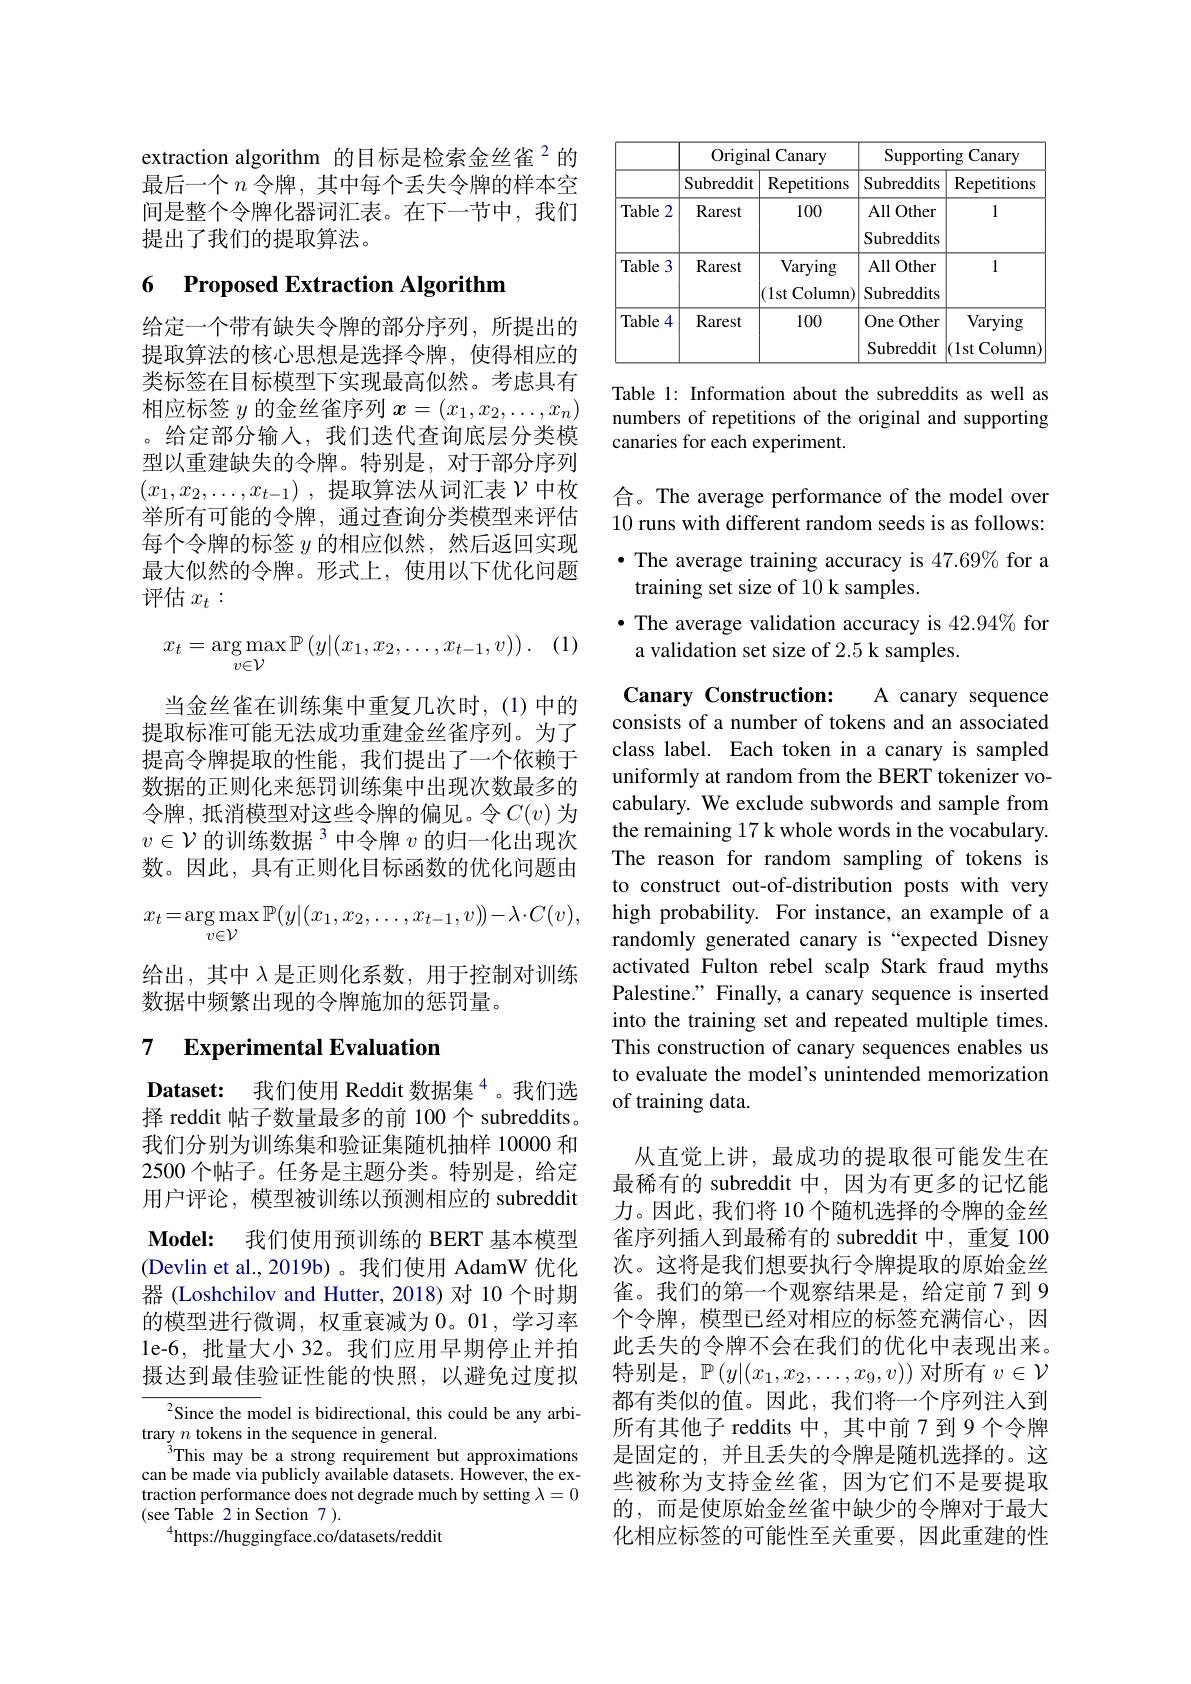
extraction algorithm 的目标是检索金丝雀$^{2}$的最后一个$n$令牌，其中每个丢失令牌的样本空间是整个令牌化器词汇表。在下一节中，我们提出了我们的提取算法。

# 6 Proposed Extraction Algorithm

给定一个带有缺失令牌的部分序列，所提出的提取算法的核心思想是选择令牌，使得相应的类标签在目标模型下实现最高似然。考虑具有相应标签$y$的金丝雀序列$x=(x_1,x_2,\ldots,x_n)$ 。给定部分输入，我们迭代查询底层分类模型以重建缺失的令牌。特别是，对于部分序列$( x_1, x_2, \ldots , x_{t- 1})$ ,提取算法从词汇表$\mathcal{V}$中枚举所有可能的令牌，通过查询分类模型来评估每个令牌的标签$y$的相应似然，然后返回实现最大似然的令牌。形式上，使用以下优化问题评估$x_t:$
$$x_t=\underset{v\in\mathcal{V}}{\arg\max}\mathbb{P}\left(y|(x_1,x_2,\dots,x_{t-1},v)\right).$$
当金丝雀在训练集中重复几次时，(1)中的提取标准可能无法成功重建金丝雀序列。为了提高令牌提取的性能，我们提出了一个依赖于数据的正则化来惩罚训练集中出现次数最多的令牌，抵消模型对这些令牌的偏见。令$C(v)$ 为$v\in\mathcal{V}$ 的训练数据$^3$中令牌 $v$ 的归一化出现次数。因此，具有正则化目标函数的优化问题由
$$x_t=\arg\max_{v\in\mathcal{V}}\mathbb{P}(y|(x_1,x_2,\ldots,x_{t-1},v))-\lambda\cdot C(v),$$
给出，其中$\lambda$是正则化系数，用于控制对训练
数据中频繁出现的令牌施加的惩罚量。
7 $\textbf{Experimental Evaluation}$

$\textbf{Dataset: 我们使用 Reddit 数据集}^{4}$。我们选择 reddit 帖子数量最多的前 100个 subreddits。我们分别为训练集和验证集随机抽样 10000 和2500 个帖子。任务是主题分类。特别是，给定用户评论，模型被训练以预测相应的 subreddit Model: 我们使用预训练的 BERT 基本模型(Devlin et al., 2019b) 。我们使用 AdamW 优化器 (Loshchilov and Hutter, 2018)对 10 个时期的模型进行微调，权重衰减为0。01,学习率le-6,批量大小 32。我们应用早期停止并拍摄达到最佳验证性能的快照，以避免过度拟

$^{2}$Since the model is bidirectional, this could be any arbi-
trary $n$ tokens in the sequence in general.
This may be a strong requirement but approximations can be made via publicly available datasets. However, the extraction performance does not degrade much by setting $\lambda=0$ (see Table 2 in Section 7 ).
$^{4}$https://huggingface.co/datasets/reddit

<table>
	<tbody>
		<tr>
			<th> </th>
			<th colspan="2">Original Canary</th>
			<th colspan="2">Supporting Canary</th>
		</tr>
		<tr>
			<th> </th>
			<th>Subreddit</th>
			<th>Repetitions</th>
			<th>Subreddits</th>
			<th>Repetitions</th>
		</tr>
		<tr>
			<td>Table 2</td>
			<td>Rarest</td>
			<td>100</td>
			<td>All Other Subreddits</td>
			<td>1</td>
		</tr>
		<tr>
			<td>Table 3</td>
			<td>Rarest</td>
			<td>Varying (1st Column)</td>
			<td>$\operatorname{All}($ Other Subreddits</td>
			<td>1</td>
		</tr>
		<tr>
			<td>Table 4</td>
			<td>Rarest</td>
			<td>100</td>
			<td>One Other $\operatorname{Subreddit}$</td>
			<td>Varying (1st( Column 1</td>
		</tr>
	</tbody>
</table>

Table 1: Information about the subreddits as well as numbers of repetitions of the original and supporting canaries for each experiment.

合。The average performance of the model over 10 runs with different random seeds is as follows: ·The average training accuracy is 47.69% for a
training set size of 10 k samples.
·The average validation accuracy is 42.94% for
a validation set size of 2.5 k samples.

Canary Construction:
A canary sequence
consists of a number of tokens and an associated class label. Each token in a canary is sampled uniformly at random from the BERT tokenizer vocabulary. We exclude subwords and sample from the remaining 17 k whole words in the vocabulary. The reason for random sampling of tokens is to construct out-of-distribution posts with very high probability. For instance, an example of a randomly generated canary is “expected Disney activated Fulton rebel scalp Stark fraud myths Palestine." Finally, a canary sequence is inserted into the training set and repeated multiple times. This construction of canary sequences enables us to evaluate the model's unintended memorization of training data.

从直觉上讲，最成功的提取很可能发生在最稀有的 subreddit 中，因为有更多的记忆能力。因此，我们将 10 个随机选择的令牌的金丝雀序列插入到最稀有的 subreddit 中，重复 100次。这将是我们想要执行令牌提取的原始金丝雀。我们的第一个观察结果是，给定前 7 到 9个令牌，模型已经对相应的标签充满信心，因此丢失的令牌不会在我们的优化中表现出来。特别是，$\mathbb{P}\left(y|(x_1,x_2,\ldots,x_9,v)\right)$对所有$v\in\mathcal{V}$ 都有类似的值。因此，我们将一个序列注入到所有其他子 reddits 中，其中前7到9个令牌是固定的，并且丢失的令牌是随机选择的。这些被称为支持金丝雀，因为它们不是要提取的，而是使原始金丝雀中缺少的令牌对于最大化相应标签的可能性至关重要，因此重建的性